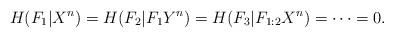
LaTeX: \begin{align*}&H(F_1|X^n)=H(F_2|F_1Y^n)=H(F_3|F_{1:2}X^n)=\cdots=0.\end{align*}